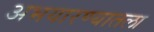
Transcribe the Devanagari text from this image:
अभयारण्यातला